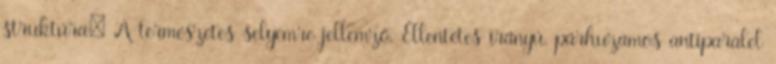
struktúra: A természetes selyemre jellemző. Ellentétes irányú, párhuzamos antiparalel